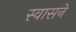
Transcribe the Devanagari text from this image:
स्वासने